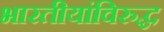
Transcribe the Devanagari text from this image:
भारतीयांविरुद्ध